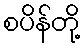
စပိန်တို့